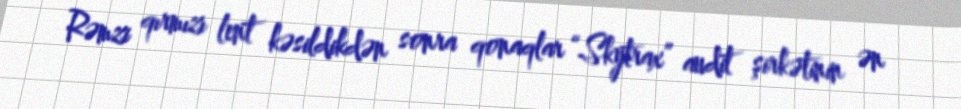
Rəmzi qırmızı lent kəsildikdən sonra qonaqlar “Skytrax” audit şirkətinin ən